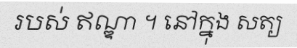
របស់ ឥណ្ឌា ។ នៅក្នុង សត្យ